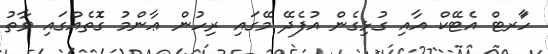
ހާަރޓް އެޓޭކް އާއި ގުޅިގެން އުފެދޭ މޭގައި ރިހުން ޢާންމު ގޮެތެއްގައި ވާތު